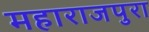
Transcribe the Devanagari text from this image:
महाराजपुरा